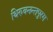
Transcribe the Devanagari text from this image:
थिरुवनन्तपुरम